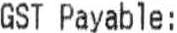
GST PAYABLE: